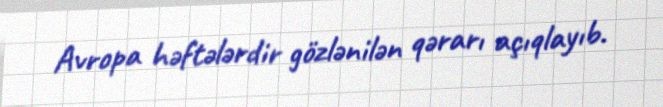
Avropa həftələrdir gözlənilən qərarı açıqlayıb.